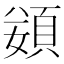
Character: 𩒭